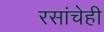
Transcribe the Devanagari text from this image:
रसांचेही